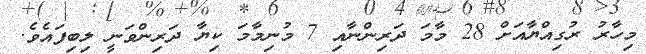
މިހާރު ރުގިއްޔާއަށް 28 މާމަ ދަރިންނާއި 7 މުނިމާމަ ކިޔާ ދަރިންވަނީ ލިބިފައެވެ.